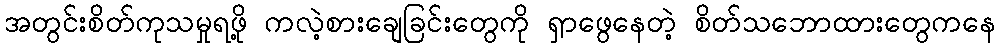
အတွင်းစိတ်ကုသမှုရဖို့ ကလဲ့စားချေခြင်းတွေကို ရှာဖွေနေတဲ့ စိတ်သဘောထားတွေကနေ